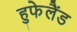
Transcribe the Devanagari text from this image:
हुफेलैंड